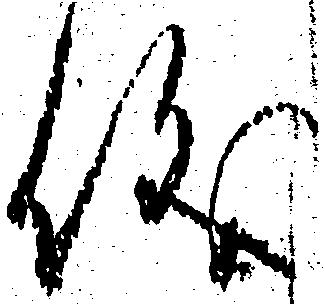
儀